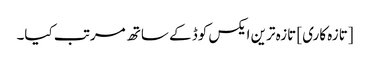
[تازہ کاری] تازہ ترین ایکس کوڈ کے ساتھ مرتب کیا۔